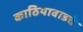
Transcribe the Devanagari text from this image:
काठियावाडचे